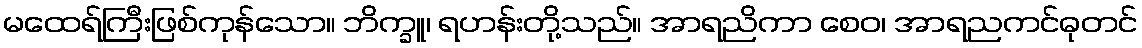
မထေရ်ကြီးဖြစ်ကုန်သော။ ဘိက္ခူ၊ ရဟန်းတို့သည်။ အာရညိကာ စေဝ၊ အာရညကင်ဓုတင်